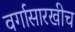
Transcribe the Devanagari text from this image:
वर्गासारखीच